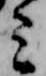
ミ